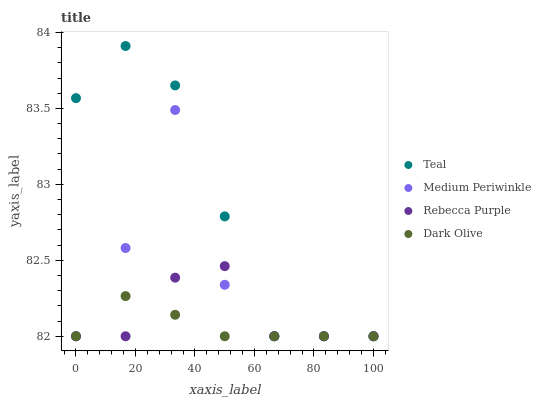
| xaxis_label | Teal | Medium Periwinkle | Rebecca Purple | Dark Olive |
 | --- | --- | --- | --- | --- |
 | 0 | 83.6 | 82 | 82 | 82 |
 | 16.7 | 83.9 | 82.6 | 82 | 82.3 |
 | 33.3 | 83.7 | 83.5 | 82.4 | 82.1 |
 | 50 | 82.8 | 82.3 | 82.5 | 82 |
 | 66.7 | 82 | 82 | 82 | 82 |
 | 83.3 | 82 | 82 | 82 | 82 |
 | 100 | 82 | 82 | 82 | 82 |